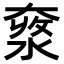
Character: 𡙥